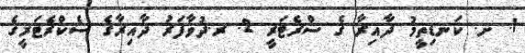
1. ށ. ކަނޑިތީމު ދާއިރާ ގެ ސްރެޓަރީ 2. ރ.ދުވާފަރު ދާއިރާގެ ސެކްރެޓަރީގެ